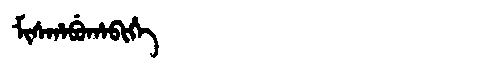
Manchu: ᠮᡳᠰᡥᠠᠪᡠᡥᠠᠪᡳᡥᡝ
Romanization: MISHABUHABIHE